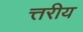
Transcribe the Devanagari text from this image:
त्तरीय